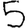
Digit: 5